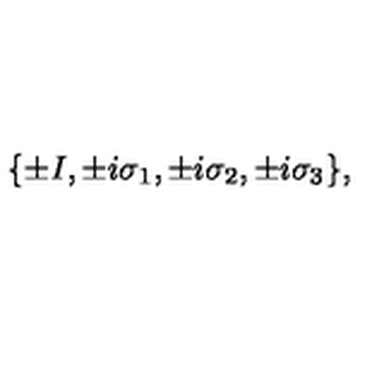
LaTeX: \{ \pm I , \pm i \sigma _ { 1 } , \pm i \sigma _ { 2 } , \pm i \sigma _ { 3 } \} ,